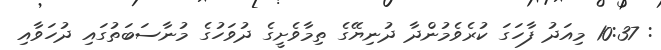
: 10:37 މިއަދު ފާހަގަ ކުރެވެމުންދާ ދުނިޔޭގެ ތިމާވެށީގެ ދުވަހުގެ މުނާސަބަތުގައި ދުހަވާއި